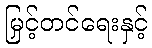
မြှင့်တင်ရေးနှင့်